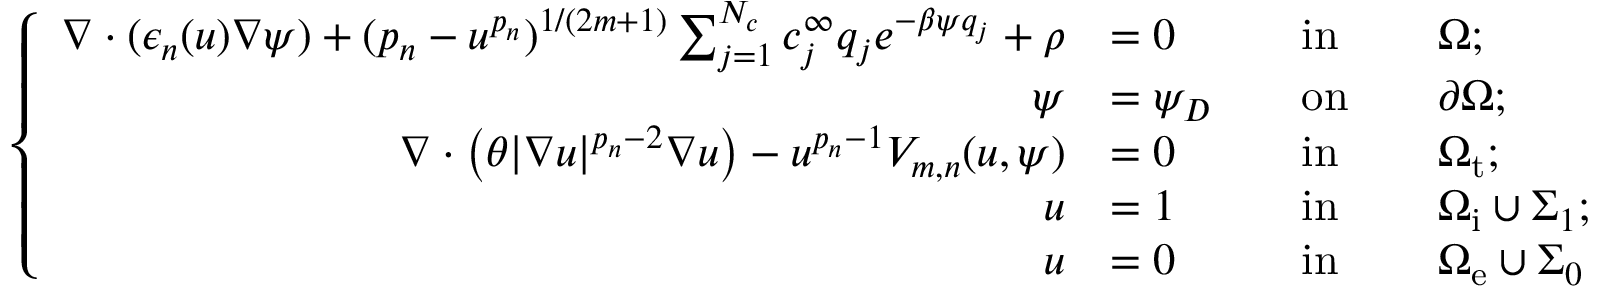
\left\{ \begin{array} { r l r l r l } { \nabla \cdot ( \epsilon _ { n } ( u ) \nabla \psi ) + ( p _ { n } - u ^ { p _ { n } } ) ^ { 1 / ( 2 m + 1 ) } \sum _ { j = 1 } ^ { N _ { c } } c _ { j } ^ { \infty } q _ { j } e ^ { - \beta \psi q _ { j } } + \rho } & { = 0 } & & { \mathrm { i n } } & & { \Omega ; } \\ { \psi } & { = \psi _ { D } } & & { \mathrm { o n } } & & { \partial \Omega ; } \\ { \nabla \cdot \left( \theta | \nabla u | ^ { p _ { n } - 2 } \nabla u \right) - u ^ { p _ { n } - 1 } V _ { m , n } ( u , \psi ) } & { = 0 } & & { \mathrm { i n } } & & { \Omega _ { \mathrm { t } } ; } \\ { u } & { = 1 } & & { \mathrm { i n } } & & { \Omega _ { \mathrm { i } } \cup \Sigma _ { 1 } ; } \\ { u } & { = 0 } & & { \mathrm { i n } } & & { \Omega _ { \mathrm { e } } \cup \Sigma _ { 0 } } \end{array} \right.